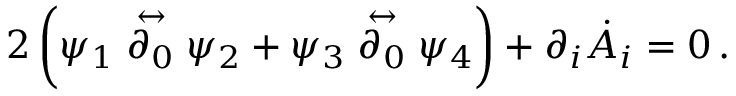
2 \left( \psi _ { 1 } \stackrel { \leftrightarrow } { \partial _ { 0 } } \psi _ { 2 } + \psi _ { 3 } \stackrel { \leftrightarrow } { \partial _ { 0 } } \psi _ { 4 } \right) + \partial _ { i } \dot { A } _ { i } = 0 \, .